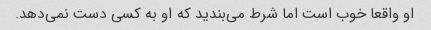
او واقعا خوب است اما شرط می‌بندید که او به کسی دست نمی‌دهد.